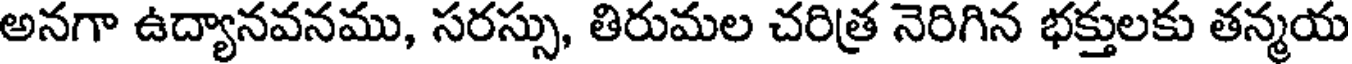
అనగా ఉద్యానవనము, సరస్సు, తిరుమల చరిత్ర నెరిగిన భక్తులకు తన్మయ